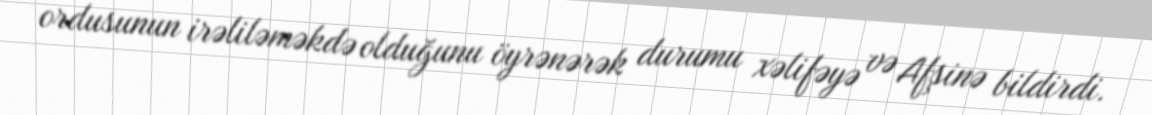
ordusunun irəliləməkdə olduğunu öyrənərək durumu xəlifəyə və Afşinə bildirdi.